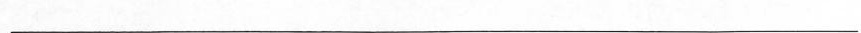
___